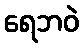
ရေဘဝဲ